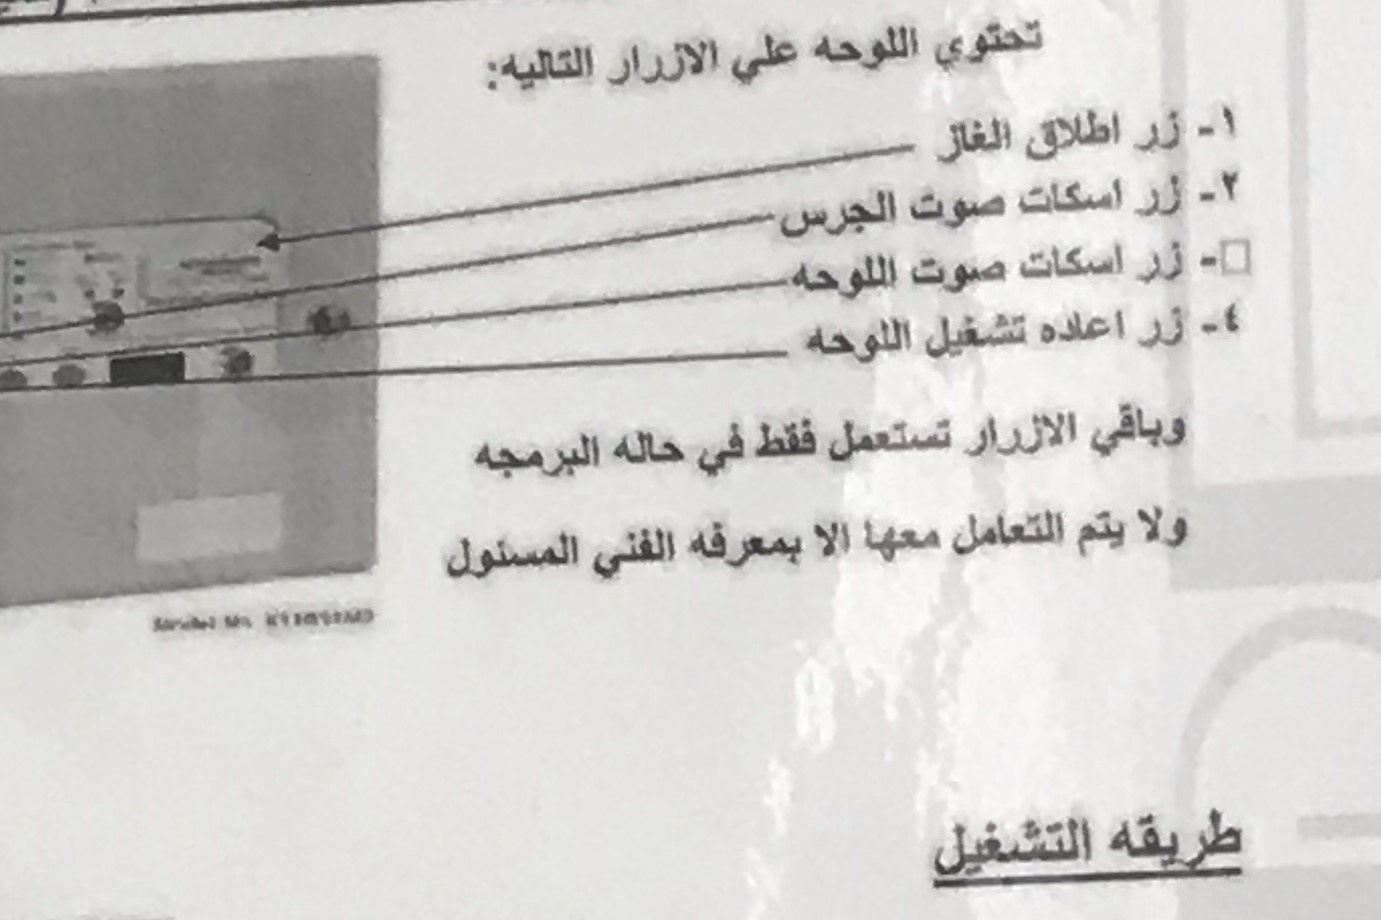
Text in image: تحتوي اللوحه علي الازرار التاليه 1 زر اطلاق الغاز 2 اسكات زر صوت الجرس زر اسكات صوت اللوحه 4 زر اعاده تشغيل اللوحه وباقي الازرار تستعمل فقط حله في البرمجه ولا التعامل يتم الا معها بمعرفه الفنى المسئول طريقه التشغيل